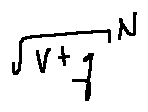
\sqrt { V + q } ^ { N }